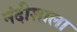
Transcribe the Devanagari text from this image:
नंदीशाला